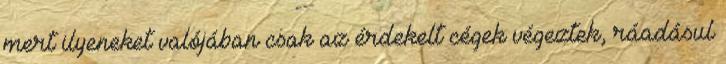
mert ilyeneket valójában csak az érdekelt cégek végeztek, ráadásul